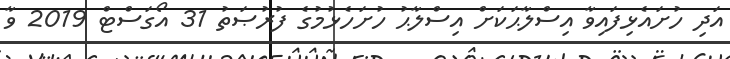
އަދި ހުށައެޅިފައިވާ އިސްލާޙަކަށް އިސްލާޙު ހުށަހެޅުމުގެ ފުރުޞަތު 31 އޯގަސްޓް 2019 ވާ